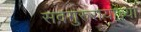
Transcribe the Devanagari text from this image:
सदगुरुरायाच्या